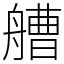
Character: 艚